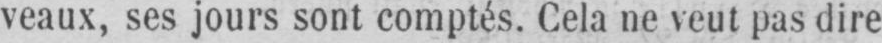
veaux, ses jours sont comptés. Cela ne veut pas dire